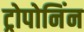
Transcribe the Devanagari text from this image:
ट्रोपोनिंन